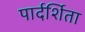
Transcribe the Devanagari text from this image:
पार्दर्शिता